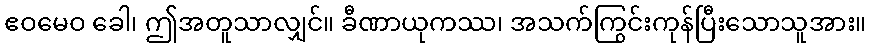
ဧဝမေဝ ခေါ၊ ဤအတူသာလျှင်။ ခီဏာယုကဿ၊ အသက်ကြွင်းကုန်ပြီးသောသူအား။